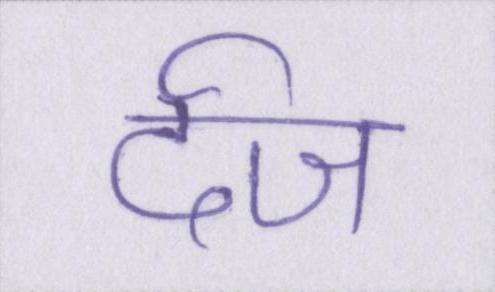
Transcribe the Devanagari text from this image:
र्दज